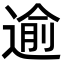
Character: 逾